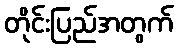
တိုင်းပြည်အတွက်